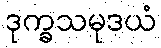
ဒုက္ခသမုဒယံ